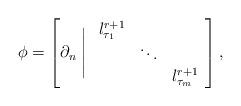
LaTeX: \begin{align*}\phi=\left[ \partial_n \Biggm| \begin{array}{*{3}c}l_{\tau_1}^{r+1} & \ & \ \\\ & \ddots & \ \\\ & \ & l_{\tau_m}^{r+1}\end{array} \right], \end{align*}